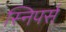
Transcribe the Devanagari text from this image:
स्निपर्स